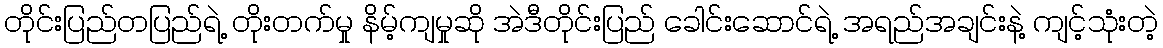
တိုင်းပြည်တပြည်ရဲ့ တိုးတက်မှု နိမ့်ကျမှုဆို အဲဒီတိုင်းပြည် ခေါင်းဆောင်ရဲ့ အရည်အချင်းနဲ့ ကျင့်သုံးတဲ့